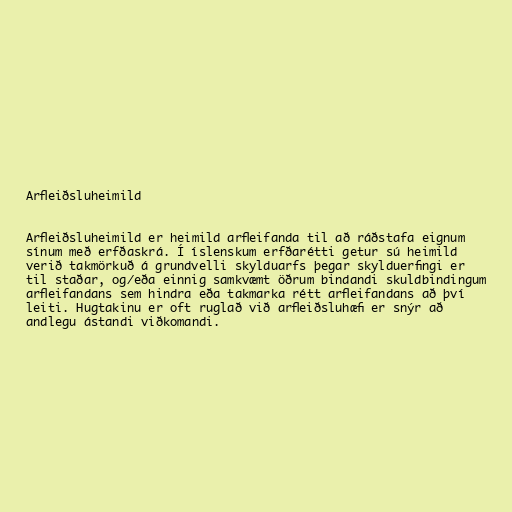
Arfleiðsluheimild

Arfleiðsluheimild er heimild arfleifanda til að ráðstafa eignum
sínum með erfðaskrá. Í íslenskum erfðarétti getur sú heimild
verið takmörkuð á grundvelli skylduarfs þegar skylduerfingi er
til staðar, og/eða einnig samkvæmt öðrum bindandi skuldbindingum
arfleifandans sem hindra eða takmarka rétt arfleifandans að því
leiti. Hugtakinu er oft ruglað við arfleiðsluhæfi er snýr að
andlegu ástandi viðkomandi.